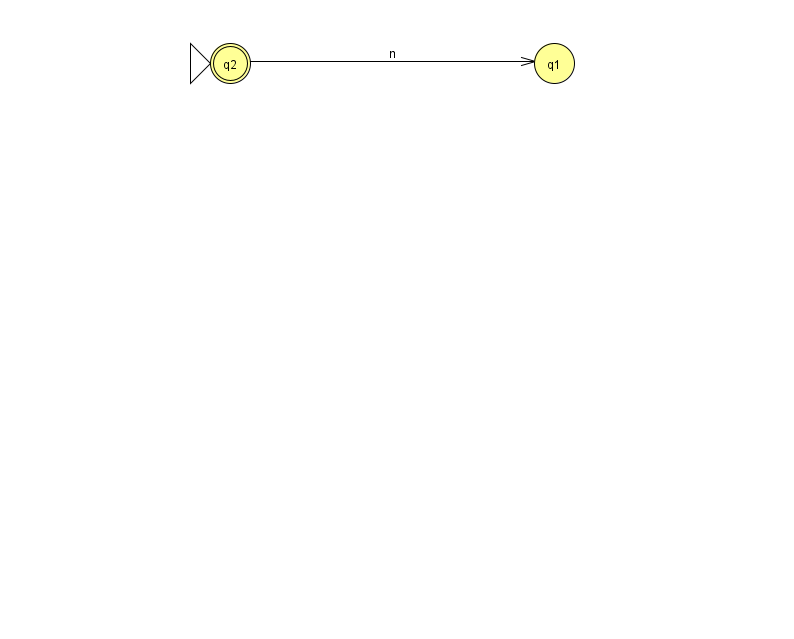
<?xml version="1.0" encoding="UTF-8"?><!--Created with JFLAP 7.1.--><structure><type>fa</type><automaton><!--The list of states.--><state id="1" name="q1"><x>554.0</x><y>50.0</y></state><state id="2" name="q2"><x>230.0</x><y>50.0</y><initial/><final/></state><!--The list of transitions.--><transition><from>2</from><to>1</to><read>n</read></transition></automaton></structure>